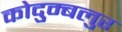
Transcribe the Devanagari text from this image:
कोदुम्बलुर